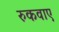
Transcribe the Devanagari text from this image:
रुकवाए